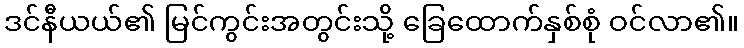
ဒင်နီယယ်၏ မြင်ကွင်းအတွင်းသို့ ခြေထောက်နှစ်စုံ ဝင်လာ၏။